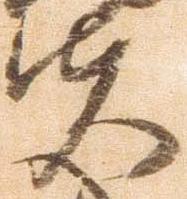
夫